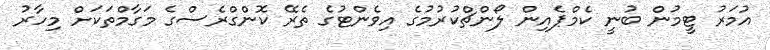
އުމަރު ޓީމުން ބުނީ ކެމްޕެއިން ލޯންޗްކުރުމުގެ އިވެންޓުގެ ތެރޭ ކޮންގްރެސްގެ މަގާމްތަކަށް މިހާރު